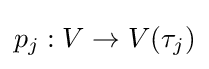
p_{j}:V\to V(\tau _{j})